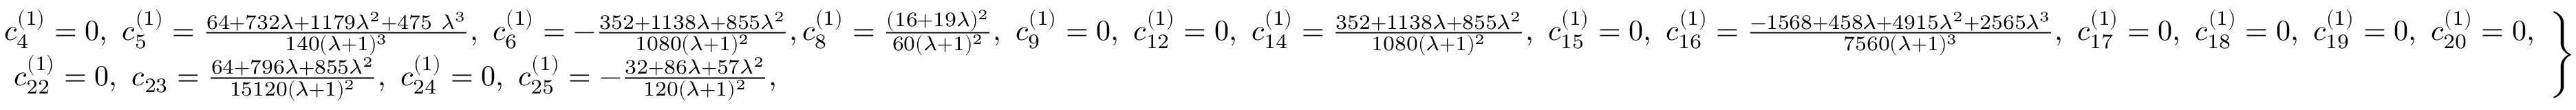
\left. \begin{array} { l l } { c _ { 4 } ^ { ( 1 ) } = 0 , ~ c _ { 5 } ^ { ( 1 ) } = \frac { 6 4 + 7 3 2 \lambda + 1 1 7 9 \lambda ^ { 2 } + 4 7 5 ~ \lambda ^ { 3 } } { 1 4 0 ( \lambda + 1 ) ^ { 3 } } , ~ c _ { 6 } ^ { ( 1 ) } = - \frac { 3 5 2 + 1 1 3 8 \lambda + 8 5 5 \lambda ^ { 2 } } { 1 0 8 0 ( \lambda + 1 ) ^ { 2 } } , c _ { 8 } ^ { ( 1 ) } = \frac { ( 1 6 + 1 9 \lambda ) ^ { 2 } } { 6 0 ( \lambda + 1 ) ^ { 2 } } , ~ c _ { 9 } ^ { ( 1 ) } = 0 , ~ c _ { 1 2 } ^ { ( 1 ) } = 0 , \ c _ { 1 4 } ^ { ( 1 ) } = \frac { 3 5 2 + 1 1 3 8 \lambda + 8 5 5 \lambda ^ { 2 } } { 1 0 8 0 ( \lambda + 1 ) ^ { 2 } } , ~ c _ { 1 5 } ^ { ( 1 ) } = 0 , ~ c _ { 1 6 } ^ { ( 1 ) } = \frac { - 1 5 6 8 + 4 5 8 \lambda + 4 9 1 5 \lambda ^ { 2 } + 2 5 6 5 \lambda ^ { 3 } } { 7 5 6 0 ( \lambda + 1 ) ^ { 3 } } , ~ c _ { 1 7 } ^ { ( 1 ) } = 0 , ~ c _ { 1 8 } ^ { ( 1 ) } = 0 , ~ c _ { 1 9 } ^ { ( 1 ) } = 0 , ~ c _ { 2 0 } ^ { ( 1 ) } = 0 , } \\ { ~ c _ { 2 2 } ^ { ( 1 ) } = 0 , ~ c _ { 2 3 } = \frac { 6 4 + 7 9 6 \lambda + 8 5 5 \lambda ^ { 2 } } { 1 5 1 2 0 ( \lambda + 1 ) ^ { 2 } } , ~ c _ { 2 4 } ^ { ( 1 ) } = 0 , ~ c _ { 2 5 } ^ { ( 1 ) } = - \frac { 3 2 + 8 6 \lambda + 5 7 \lambda ^ { 2 } } { 1 2 0 ( \lambda + 1 ) ^ { 2 } } , } \end{array} \right\}